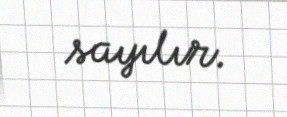
sayılır.